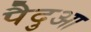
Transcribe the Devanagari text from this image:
पैदुआ